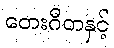
တေးဂီတနှင့်